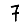
Digit: 7